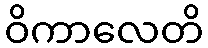
ဝိကာလေတိ